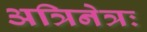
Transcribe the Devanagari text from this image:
अत्रिनेत्रः